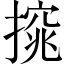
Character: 𢳙